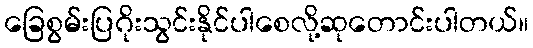
ခြေစွမ်းပြဂိုးသွင်းနိုင်ပါစေလို့ဆုတောင်းပါတယ်။